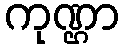
ကုဏ္ဌာ